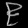
Digit: ၉